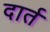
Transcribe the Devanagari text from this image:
दार्त